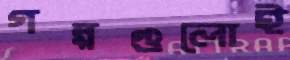
গল্পগুলোই